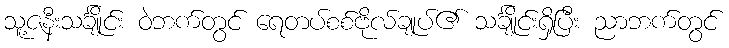
သူ့ဇနီးသင်္ချိုင်း ဝဲဘက်တွင် ရေတပ်စစ်ဗိုလ်ချုပ်၏ သင်္ချိုင်းရှိပြီး ညာဘက်တွင်